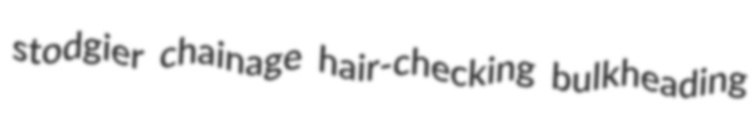
stodgier chainage hair-checking bulkheading